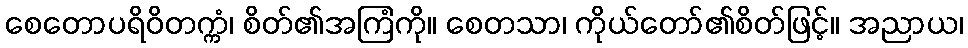
စေတောပရိဝိတက္ကံ၊ စိတ်၏အကြံကို။ စေတသာ၊ ကိုယ်တော်၏စိတ်ဖြင့်။ အညာယ၊